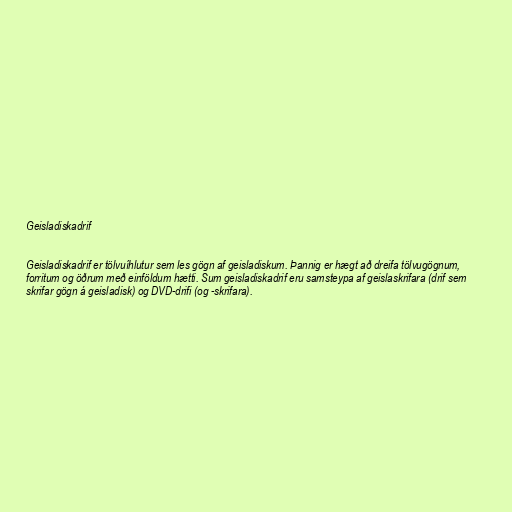
Geisladiskadrif

Geisladiskadrif er tölvuíhlutur sem les gögn af geisladiskum. Þannig er hægt að dreifa tölvugögnum,
forritum og öðrum með einföldum hætti. Sum geisladiskadrif eru samsteypa af geislaskrifara (drif sem
skrifar gögn á geisladisk) og DVD-drifi (og -skrifara).